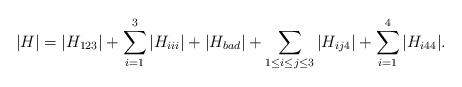
LaTeX: \begin{align*}|H| = |H_{123}| + \sum_{i=1}^3 |H_{iii}| + |H_{bad}| + \sum_{1\le i \leq j \le 3} |H_{ij4}| + \sum_{i=1}^4|H_{i44}|. \end{align*}